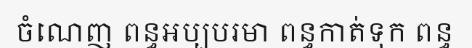
ចំណេញ ពន្ធអប្បបរមា ពន្ធកាត់ទុក ពន្ធ